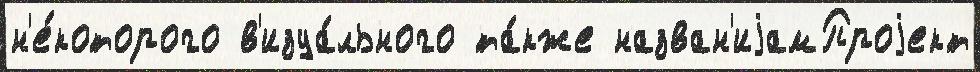
н'е́которого в'изуа́льного та́кже назван'иjамПроjект